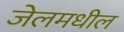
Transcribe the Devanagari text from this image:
जेलमधील